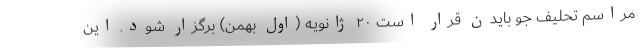
مراسم تحلیف جو بایدن قرار است ۲۰ ژانویه (اول بهمن) برگزار شود. این